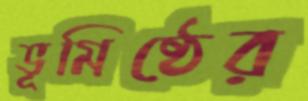
ভূমিষ্ঠের